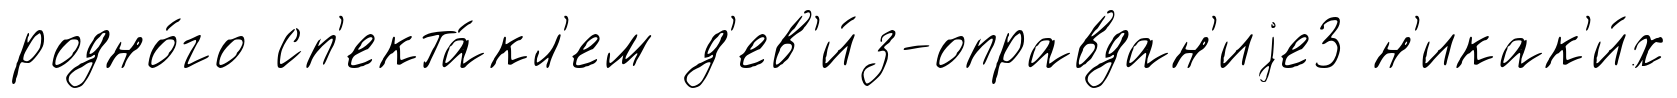
родно́го сп'екта́кл'ем д'ев'и́з-оправдан'иjе3 н'икак'и́х